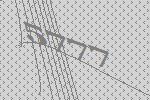
5777